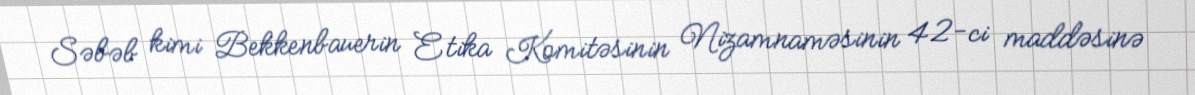
Səbəb kimi Bekkenbauerin Etika Komitəsinin Nizamnaməsinin 42-ci maddəsinə